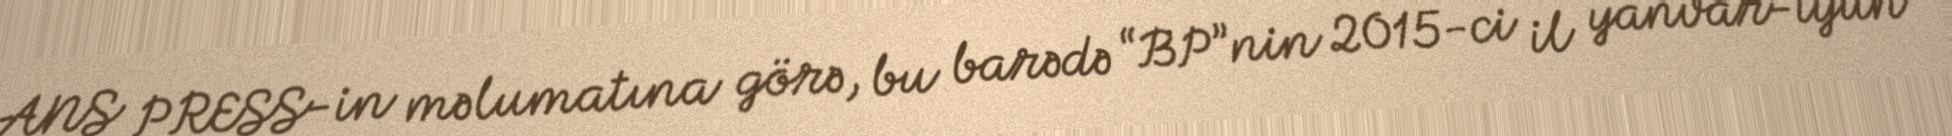
ANS PRESS-in məlumatına görə, bu barədə “BP”nin 2015-ci il yanvar-iyun